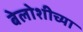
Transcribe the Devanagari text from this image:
बेलोशीच्या